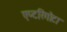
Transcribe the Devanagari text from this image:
एप्टरिगोटा